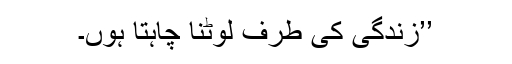
’’زندگی کی طرف لوٹنا چاہتا ہوں۔